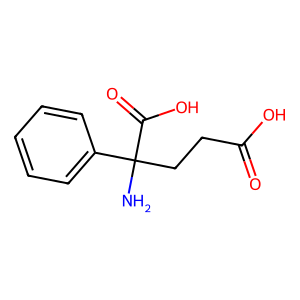
SMILES: NC(CCC(=O)O)(C(=O)O)c1ccccc1
Inhibits HIV replication: No